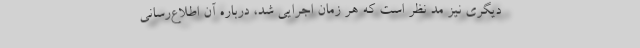
دیگری نیز مد نظر است که هر زمان اجرایی شد، درباره آن اطلاع‌رسانی